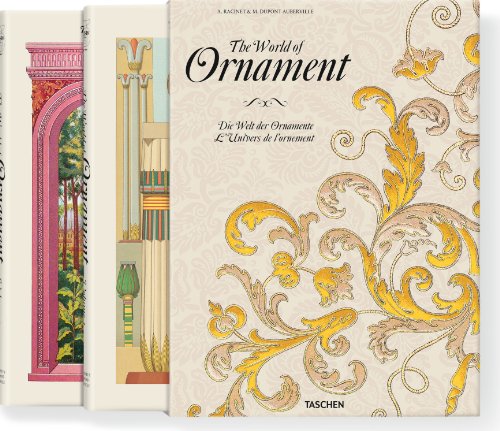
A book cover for The World of Ornament, volume 1 and 2; David Batterham; Arts & Photography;